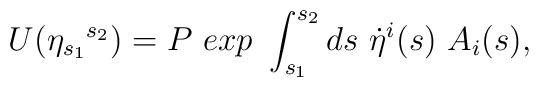
U( {\eta}_{s_1}{}^{s_2})= P \ exp \ \int_{s_1}^{s_2} ds \ {\dot  \eta}^i(s)\ A_i(s),